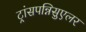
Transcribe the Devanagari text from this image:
ट्रांसपन्निसुएलर